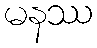
မနဿ